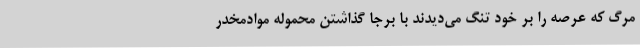
مرگ که عرصه را بر خود تنگ می‌دیدند با برجا گذاشتن محموله موادمخدر